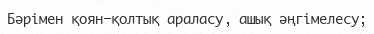
Бәрімен қоян-қолтық араласу, ашық әңгімелесу;